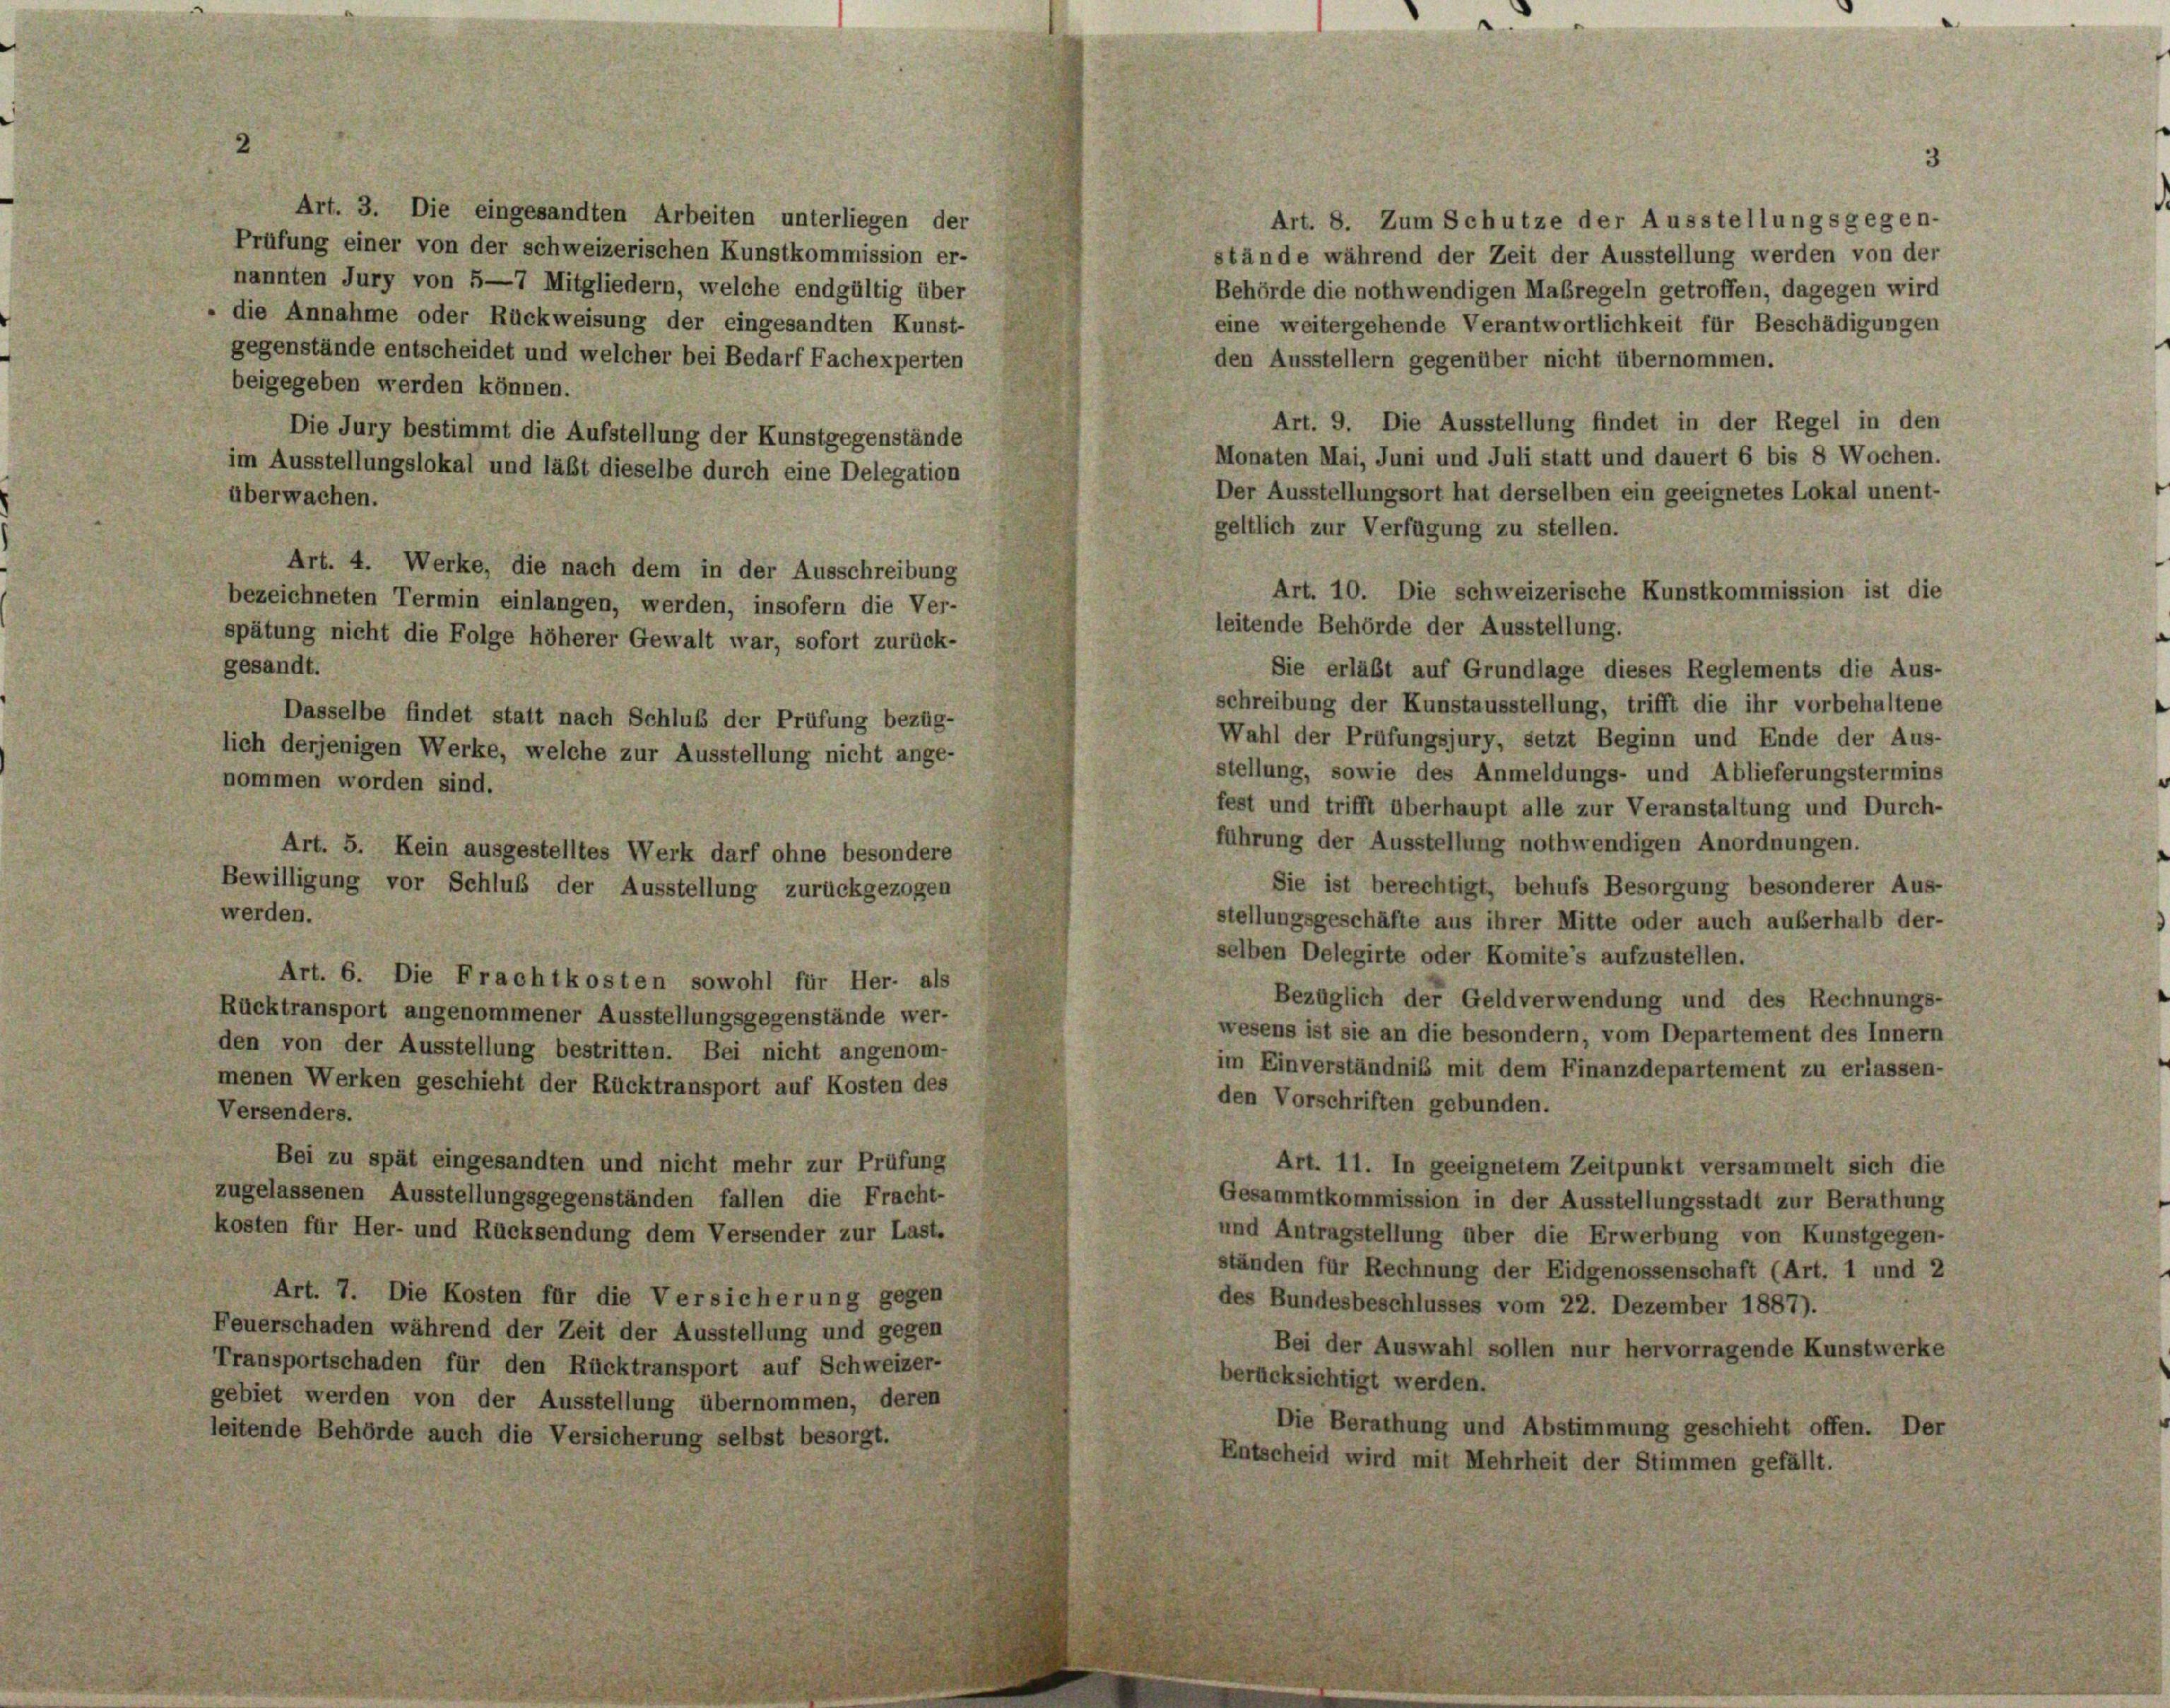
Art. 3. Die eingesandten Arbeiten unterliegen der

3

Prüfung einer von der schweizerischen Kunstkommission er-
nannten Jury von 5—7 Mitgliedern, welche endgültig über
- die Annahme oder Rückweisung der eingesandten Kunst-
gegenstände entscheidet und welcher bei Bedarf Fachexperten
beigegeben werden können.
Die Jury bestimmt die Aufstellung der Kunstgegenstände
im Ausstellungslokal und läßt dieselbe durch eine Delegation
überwachen.
Art. 4. Werke, die nach dem in der Ausschreibung
Art. 10. Die schweizerische Kunstkommission ist die
bezeichneten Termin einlangen, werden, insofern die Ver-
leitende Behörde der Ausstellung.
spätung nicht die Folge höherer Gewalt war, sofort zurück-
gesandt.
Sie erläßt auf Grundlage dieses Reglements die Aus-
schreibung der Kunstausstellung, trifft die ihr vorbehaltene
Dasselbe findet statt nach Schluß der Prüfung bezüg-
Wahl der Prüfungsjury, setzt Beginn und Ende der Aus-
lich derjenigen Werke, welche zur Ausstellung nicht ange-
stellung, sowie des Anmeldungs- und Ablieferungstermins
nommen worden sind.
fest und trifft überhaupt alle zur Veranstaltung und Durch-
führung der Ausstellung nothwendigen Anordnungen.
Art. 5. Kein ausgestelltes Werk darf ohne besondere
Sie ist berechtigt, behufs Besorgung besonderer Aus-
Bewilligung vor Schluß der Ausstellung zurückgezogen
werden.
stellungsgeschäfte aus ihrer Mitte oder auch außerhalb der-
selben Delegirte oder Komite’s aufzustellen.
Art. 6. Die Frachtkosten sowohl für Her- als
Bezüglich der Geldverwendung und des Rechnungs-
Rücktransport angenommener Ausstellungsgegenstände wer-
wesens ist sie an die besondern, vom Departement des Innern
den von der Ausstellung bestritten. Bei nicht angenom-
im Einverständnis mit dem Finanzdepartement zu erlassen-
menen Werken geschieht der Rücktransport auf Kosten des
den Vorschriften gebunden.
Versenders.
Bei zu spät eingesandten und nicht mehr zur Prüfung
Art. 11. In geeignetem Zeitpunkt versammelt sich die
zugelassenen Ausstellungsgegenständen fallen die Fracht-
Gesammtkommission in der Ausstellungsstadt zur Berathung
kosten für Her- und Rücksendung dem Versender zur Last.
und Antragstellung über die Erwerbung von Kunstgegen-
ständen für Rechnung der Eidgenossenschaft (Art. 1 und 2
Art. 7. Die Kosten für die Versicherung gegen
des Bundesbeschlusses vom 22. Dezember 1887).
Feuerschaden während der Zeit der Ausstellung und gegen
Bei der Auswahl sollen nur hervorragende Kunstwerke
Transportschaden für den Rücktransport auf Schweizer-
berücksichtigt werden.
gebiet werden von der Ausstellung übernommen, deren
Die Berathung und Abstimmung geschieht offen. Der
leitende Behörde auch die Versicherung selbst besorgt.
Entscheid wird mit Mehrheit der Stimmen gefällt.

Art. 8. Zum Schutze der Ausstellungsgegen-
stände während der Zeit der Ausstellung werden von der
Behörde die nothwendigen Maßregeln getroffen, dagegen wird
eine weitergehende Verantwortlichkeit für Beschädigungen
den Ausstellern gegenüber nicht übernommen.
Art. 9. Die Ausstellung findet in der Regel in den
Monaten Mai, Juni und Juli statt und dauert 6 bis 8 Wochen.
Der Ausstellungsort hat derselben ein geeignetes Lokal unent-
geltlich zur Verfügung zu stellen.